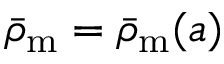
\bar { \rho } _ { \mathrm { m } } = \bar { \rho } _ { \mathrm { m } } ( a )